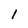
Character: 1